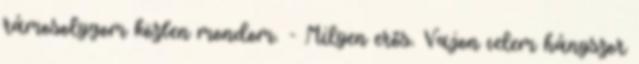
rámosolygom közben mondom. - Milyen erős. Vajon velem hányszor